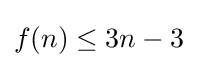
f(n)\leq 3n-3